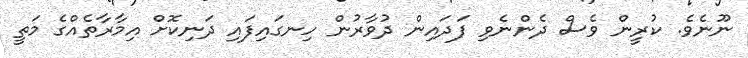
ނޫނެވެ. ކުރީން ވެސް ދެންނެވި ފަދައިން ދުވާރުން ހިނގައިފައި ދަނިކޮށް އިމާރާތެއްގެ މަތީ